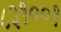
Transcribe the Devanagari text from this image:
८३१००१